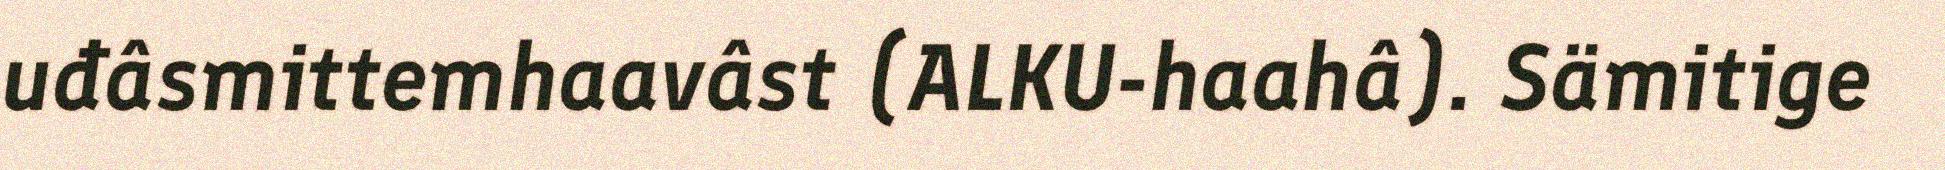
uđâsmittemhaavâst (ALKU-haahâ). Sämitige